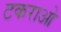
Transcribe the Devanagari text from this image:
टकराओ